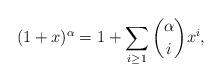
LaTeX: \begin{align*} (1+x)^\alpha = 1+\sum_{i\ge 1} \binom{\alpha}{i} x^i, \end{align*}